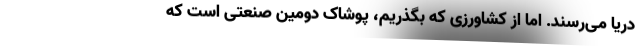
دریا می‌رسند. اما از کشاورزی که بگذریم، پوشاک دومین صنعتی است که